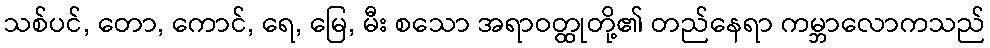
သစ်ပင်, တော, ကောင်, ရေ, မြေ, မီး စသော အရာဝတ္ထုတို့၏ တည်နေရာ ကမ္ဘာလောကသည်